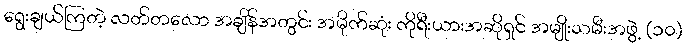
ရွေးချယ်ကြတဲ့ လတ်တလော အချိန်အတွင်း အမိုက်ဆုံး ကိုရီးယားအဆိုရှင် အမျိုးသမီးအဖွဲ့ (၁၀)